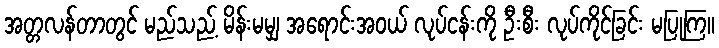
အတ္တလန်တာတွင် မည်သည့် မိန်းမမျှ အရောင်းအဝယ် လုပ်ငန်းကို ဦးစီး လုပ်ကိုင်ခြင်း မပြုကြ။